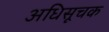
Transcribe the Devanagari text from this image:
अधिसूचक